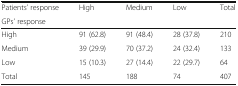
<table><thead><tr><td><b>Patients’ response</b></td><td rowspan="2"><b>High</b></td><td rowspan="2"><b>Medium</b></td><td rowspan="2"><b>Low</b></td><td rowspan="2"><b>Total</b></td></tr><tr><td><b>GPs’ response</b></td></tr></thead><tbody><tr><td>High</td><td>91 (62.8)</td><td>91 (48.4)</td><td>28 (37.8)</td><td>210</td></tr><tr><td>Medium</td><td>39 (29.9)</td><td>70 (37.2)</td><td>24 (32.4)</td><td>133</td></tr><tr><td>Low</td><td>15 (10.3)</td><td>27 (14.4)</td><td>22 (29.7)</td><td>64</td></tr><tr><td>Total</td><td>145</td><td>188</td><td>74</td><td>407</td></tr></tbody></table>